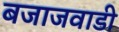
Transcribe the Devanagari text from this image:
बजाजवाडी